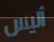
أليس